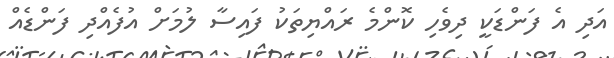
އަދި އެ ފަންޑަކީ ދިވެހި ކޮންމެ ރައްޔިތަކު ފައިސާ ލުމަށް އުފެއްދި ފަންޑެއް